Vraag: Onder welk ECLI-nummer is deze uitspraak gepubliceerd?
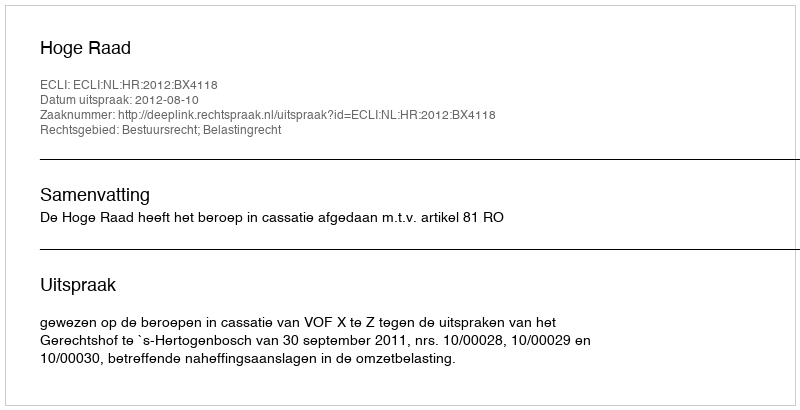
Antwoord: ECLI:NL:HR:2012:BX4118